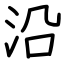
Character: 沿